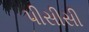
પીસીસી